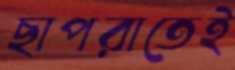
ছাপরাতেই